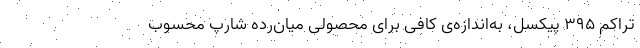
تراکم ۳۹۵ پیکسل، به‌اندازه‌ی کافی برای محصولی میا‌ن‌رده شارپ محسوب